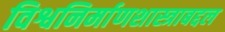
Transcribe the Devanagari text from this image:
विश्वनिर्माणशास्त्राबद्दल